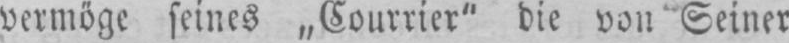
vermöge seines „Courrier“ die von Seiner